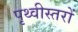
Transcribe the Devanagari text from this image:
पृथ्वीस्तरों